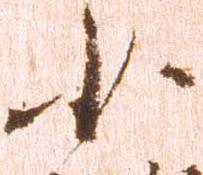
少